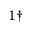
^ { 1 \dagger }